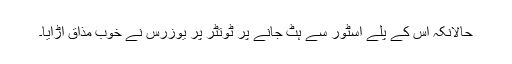
حالانکہ اس کے پلے اسٹور سے ہٹ جانے پر ٹوتٹر پر یوزرس نے خوب مذاق اڑایا۔